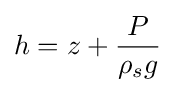
h=z+{\frac {P}{\rho _{s}g}}